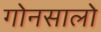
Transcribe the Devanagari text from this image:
गोनसालो